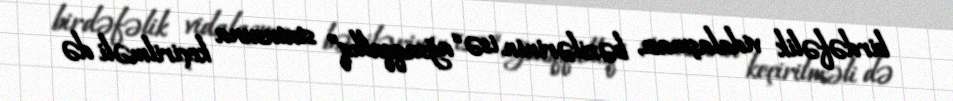
birdəfəlik vidalaşması, bəzilərinin isə “ağsaqqallıq” statusuna keçirilməli də